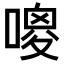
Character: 𠻦